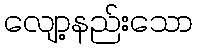
လျော့နည်းသော